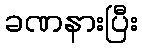
ခဏနားပြီး